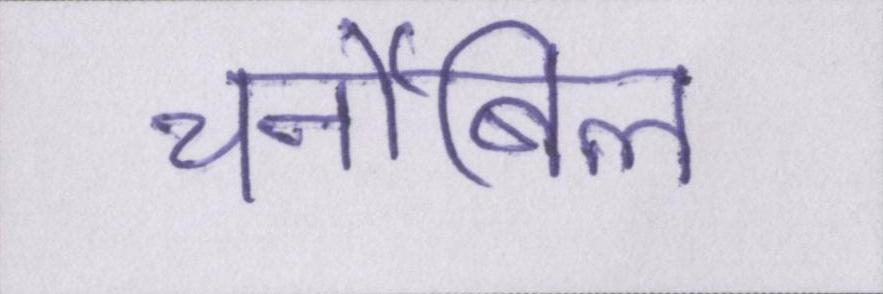
चर्नोबिल